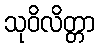
သုဝိလိတ္တာ